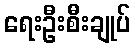
ရေးဦးစီးချုပ်